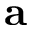
{ \bf a }